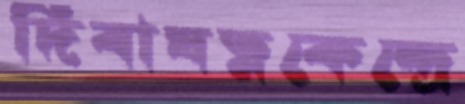
দিবাযত্নকেন্দ্রে